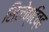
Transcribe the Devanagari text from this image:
सिलेक्टिव्ह